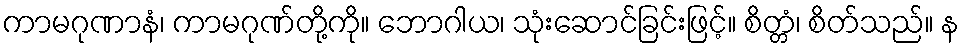
ကာမဂုဏာနံ၊ ကာမဂုဏ်တို့ကို။ ဘောဂါယ၊ သုံးဆောင်ခြင်းဖြင့်။ စိတ္တံ၊ စိတ်သည်။ န